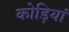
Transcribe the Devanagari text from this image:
कोड़ियां